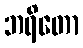
ဘရိတော